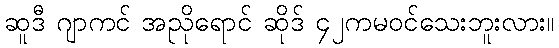
ဆူဒီ ဂျာကင် အညိုရောင် ဆိုဒ် ၄၂ကမဝင်သေးဘူးလား။